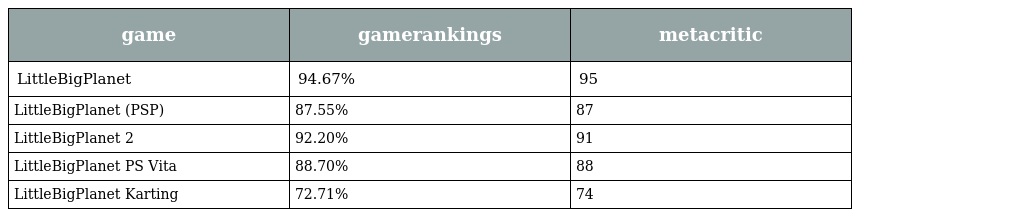
| game | gamerankings | metacritic |
 | --- | --- | --- |
 | LittleBigPlanet | 94.67% | 95 |
 | LittleBigPlanet (PSP) | 87.55% | 87 |
 | LittleBigPlanet 2 | 92.20% | 91 |
 | LittleBigPlanet PS Vita | 88.70% | 88 |
 | LittleBigPlanet Karting | 72.71% | 74 |